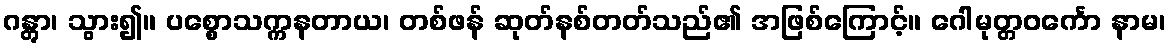
ဂန္တွာ၊ သွား၍။ ပစ္စောသက္ကနတာယ၊ တစ်ဖန် ဆုတ်နစ်တတ်သည်၏ အဖြစ်ကြောင့်။ ဂေါမုတ္တဝင်္ကော နာမ၊